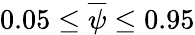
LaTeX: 0.05\le\overline{{\psi}}\le 0.95